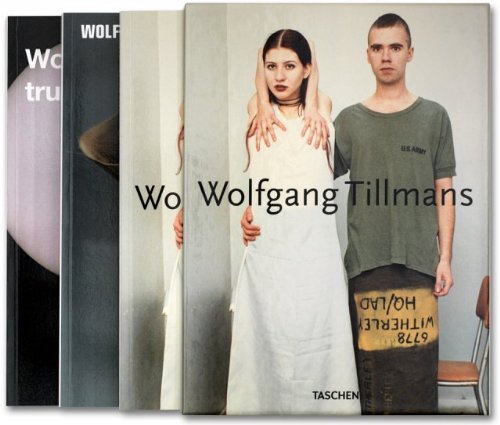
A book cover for Wolfgang Tillmans, 3 Vol.; Minoru Shimizu; Arts & Photography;